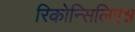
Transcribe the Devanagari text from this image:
रिकोन्सिलिएश्न